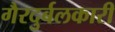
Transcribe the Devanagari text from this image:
गैरदुर्बलकारी